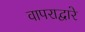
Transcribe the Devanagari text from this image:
वापराद्वारे